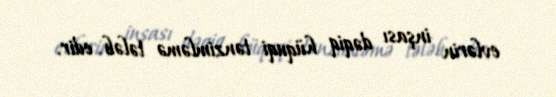
evlərin inşası dəqiq hüquqi tənzimləmə tələb edir.